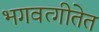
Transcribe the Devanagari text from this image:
भगवत्गीतेत